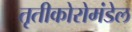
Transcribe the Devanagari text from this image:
तृतीकोरोमंडेल